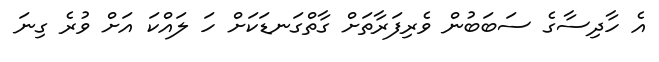
އެ ހާދިސާގެ ސަބަބުން ވެރިފަރާތަށް ގާތްގަނޑަކަށް ހަ ލައްކަ އަށް ވުރެ ގިނަ